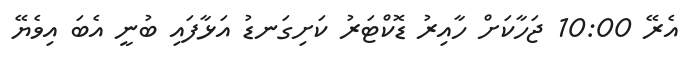
އެރޭ 10:00 ޖަހާކަށް ހާއިރު ޑޮކްޓަރު ކަށިގަނޑު އަޅާފައި ބުނީ އެބަ އިވެޔޭ